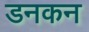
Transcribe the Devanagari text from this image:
डनकन